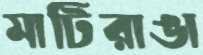
মাটিরাঙা